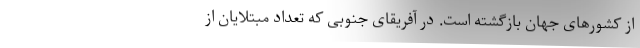
از کشورهای جهان بازگشته است. در آفریقای جنوبی که تعداد مبتلایان از